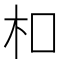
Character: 𪱳